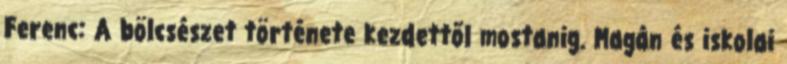
Ferenc: A bölcsészet története kezdettől mostanig. Magán és iskolai